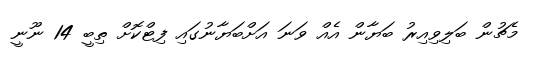
މެޗުން ބަލިވިއިރު ބަޔާން އެއް ވަނަ އަށްބަޔާނުގައި ފިޓްކޮށް ތިބީ 14 ނޫނީ